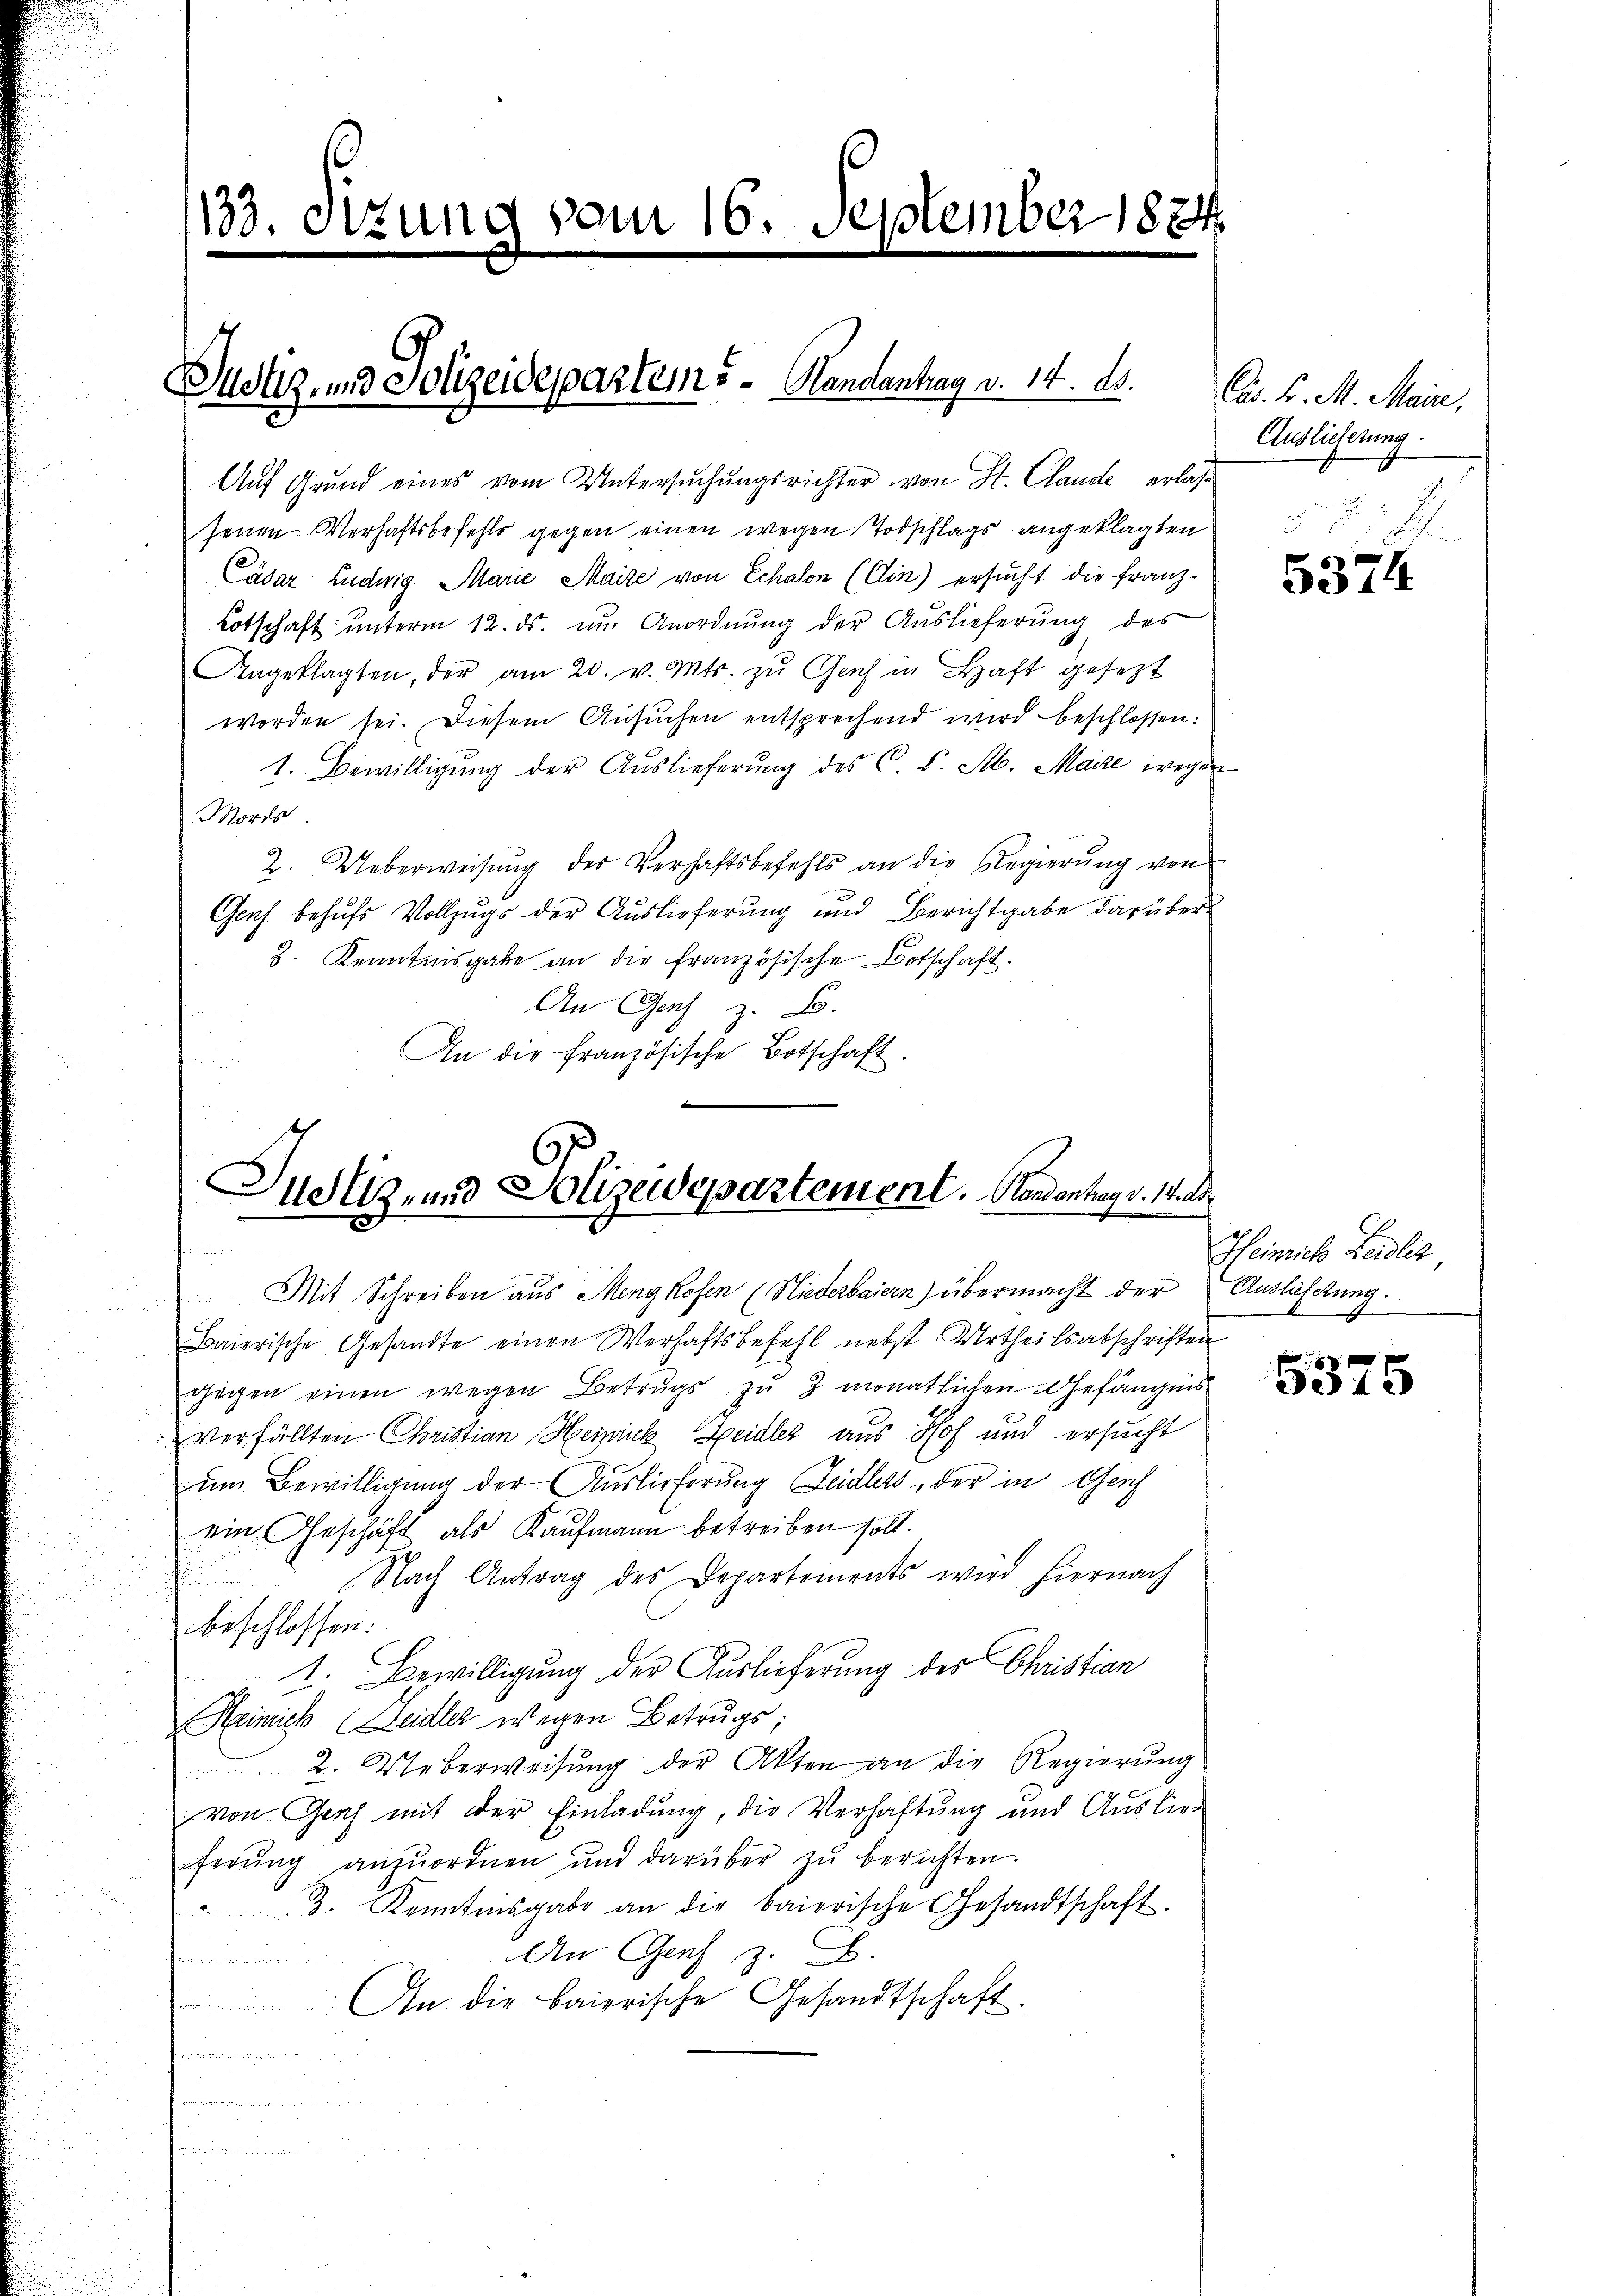
133. Ottung vom 16. September 1824.

Justiz- und Polizeidepartem 5 - Handantrag d. 14. A.

Auf Grund eines vom Untersuchungsrichter von St. Claude erlassenen Verhaftsbefehls gegen einen wegen Todschlags angeklagten
Casar Ludwig Marie Maire von Echalon (Ein) ersŭcht die Franz-
Lotschaft unterm 12. ds. um Anordnung der Auslieferung des
Angeklagten, der am 20. v. Mts. zŭ Geich in Haft gesezt
worden sei. Diesem Ansuchen entsprechend wird beschlossen:
1. Bewilligung der Auslieferung des C. C. St. Maire wegen
Mords
2. Ueberweisŭng der Verhaftsbefehls an die Regierŭng von
Genf behufs Vollzugs der Auslieferung und Berichtgabe darüber
8. Kenntnisgabe an die französische Botschaft.
An Gens z. B.
An die französische Botschaft.

Justiz- und Polizeidepartement. Mandantrag v. Wald

Mit Schreiben aus Meng Rosen (Niederbaiern) übermacht der Auslastung.

Cas. v. M. Meine,
Auslieferung.

Baierische Gesandte einen Verhaftsbefehl nebst Urtheilsabschriften
gegen einen wegen Betrugs zu 3 monatlichen Gefängnis
verfällten Christian Heinick Seidler aus Hof und ersucht
um Bewilligung der Auslieferung Seidlers, der in Gerh
ein. Geschäft als Kaufmann betreiben soll.
Nach Antrag des Departements wird hiernach

beschlossen:
1. Bewilligung der Auslieferung des Christian
Heinrich (Seidler wegen Betrugs;
2. Ueberweisŭng der Akten an die Regierŭng
von Geich mit der Einladung, die Verhaftung und Auslieferung anzuordnen und darüber zu berichten.
3. Kenntnisgabe an die baierische Gesandtschaft.
An Graf z. B.
e
An die baierische Gesandtschaft.
.
f
var dem sie n

5374

Heinrich Leidler,

5375